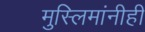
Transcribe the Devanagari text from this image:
मुस्लिमांनीही